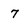
Character: 7